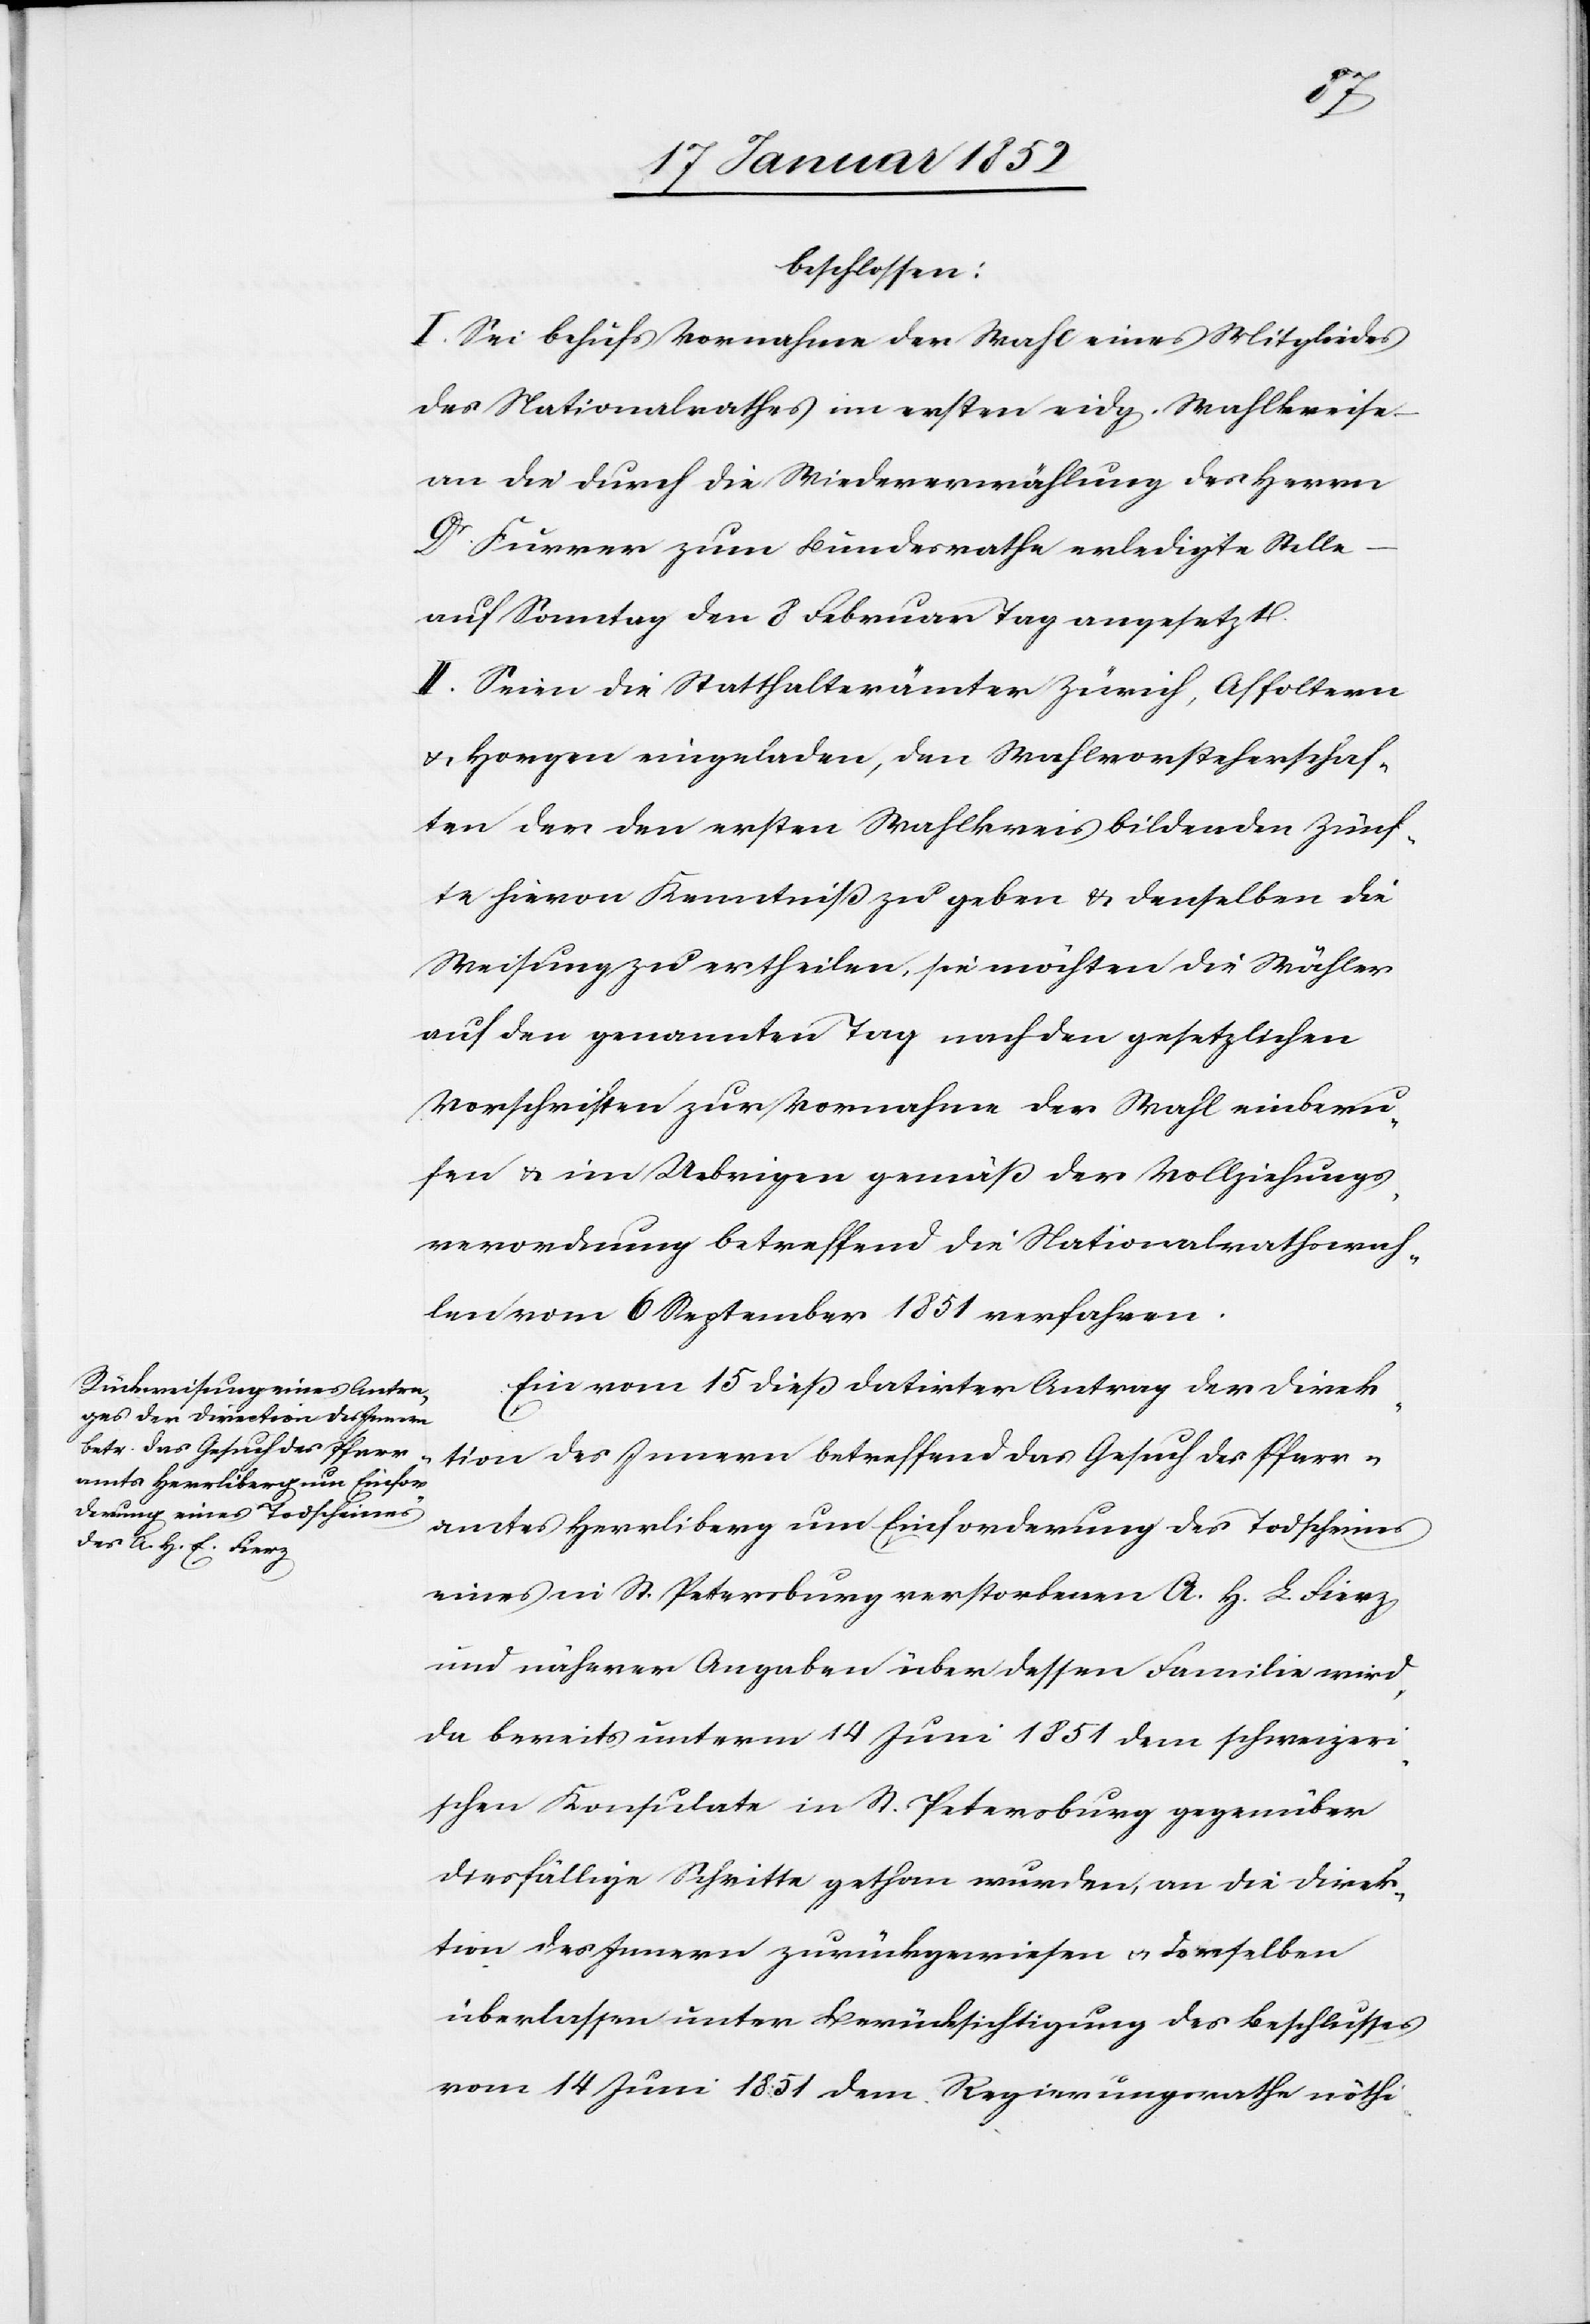
beschlossen:
I. Sei behufs Vornahme der Wahl eines Mitgliedes
des Nationalrathes im ersten eidg. Wahlkreise
an die durch die Wiedererwählung des Herrn
Dr. Furrer zum Bundesrathe erledigte Stelle
auf Sonntag den 8 Februartag angesetzt.
II. Seien die Statthalterämter Zürich, Affoltern
u. Horgen eingeladen, den Wahlvorsteherschaf¬
ten der den ersten Wahlkreis bildenden Zünf¬
te hievon Kenntniß zu geben u. denselben die
Weisung zu ertheilen, sie möchten die Wähler
auf den genannten Tag nach den gesetzlichen
Vorschriften zur Vornahme der Wahl einberu¬
fen u. im Uebrigen gemäß der Vollziehungs¬
verordnung betreffend die Nationalrathswah¬
len vom 6 September 1851 verfahren.
Ein vom 15 dieß datirter Antrag der Direk¬
tion des Innern betreffend das Gesuch des Pfarr¬
amtes Herrliberg und Einforderung des Todscheines
eines in St. Petersburg verstorbenen A. H. L. Fierz
und näherer Angaben über dessen Familie wird,
da bereits unterm 14 Juni 1851 dem schweizeri¬
schen Konsulate in St. Petersburg gegenüber
diesfällige Schritte gethan wurden, an die Direk¬
tion des Innern zurückgewiesen u. denselben
überlassen unter Berücksichtigung des Beschlusses
vom 14 Juni 1851 dem Regierungsrathe nöthi-